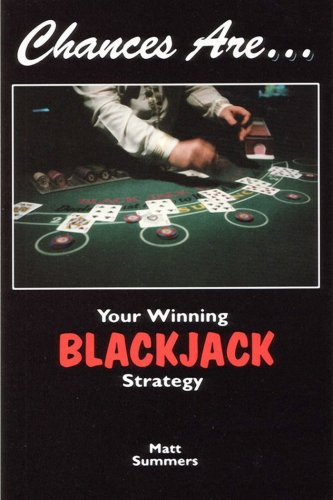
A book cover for Chances Are. . .:  Your Winning Blackjack Strategy; Matt Summers; Humor & Entertainment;